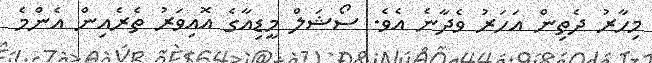
މިހާރު ދެތިން އަހަރު ވެދާނެ އެވެ. ސޯޝަލް މީޑިއާގެ އޮއިވަރު ތެރެއިން އެންމެ